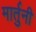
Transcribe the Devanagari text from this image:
मार्तुनी